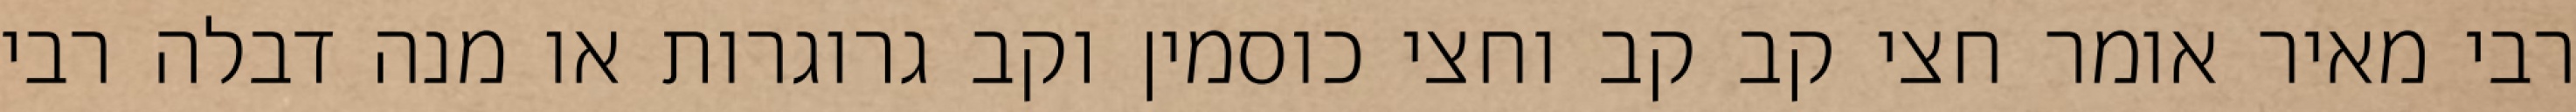
רבי מאיר אומר חצי קב קב וחצי כוסמין וקב גרוגרות או מנה דבלה רבי